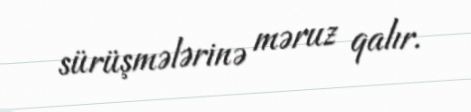
sürüşmələrinə məruz qalır.